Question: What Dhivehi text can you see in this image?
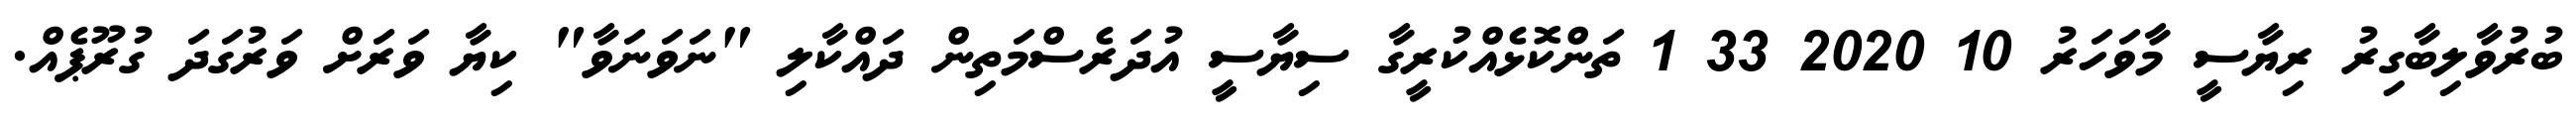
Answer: ބުރުވާލިބާގިރު ރިޔާސީ މާވަހަރު 10 2020 33 1 ތަންކޮޅެއްކުރީގާ ސިޔާސީ އުދަރެސްމަތިން ދައްކާލި "ނަވަނަވާ" ކިޔާ ވަރަށް ވަރުގަދަ ގުރޫޕެއް.